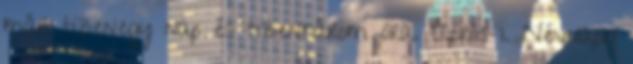
már tizenegy nap és tizenhárom óra. Április 1. Névnapig